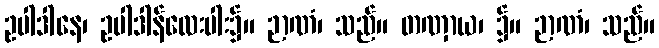
ဥပါဒါနေ၊ ဥပါဒါန်လေးပါး၌။ ဉာဏံ၊ သည်။ တဏှာယ၊ ၌။ ဉာဏံ၊ သည်။